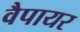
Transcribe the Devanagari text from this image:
वैपायर